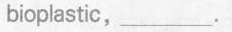
bioplastic, ___.